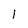
Character: 1